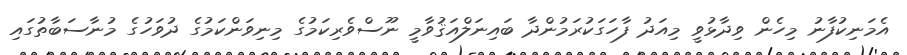
އެމަނިކުފާނު މިހެން ވިދާޅުވީ މިއަދު ފާހަގަކުރަމުންދާ ބައިނަލްއަޤުވާމީ ނޫސްވެރިކަމުގެ މިނިވަންކަމުގެ ދުވަހުގެ މުނާސަބާތުގައި